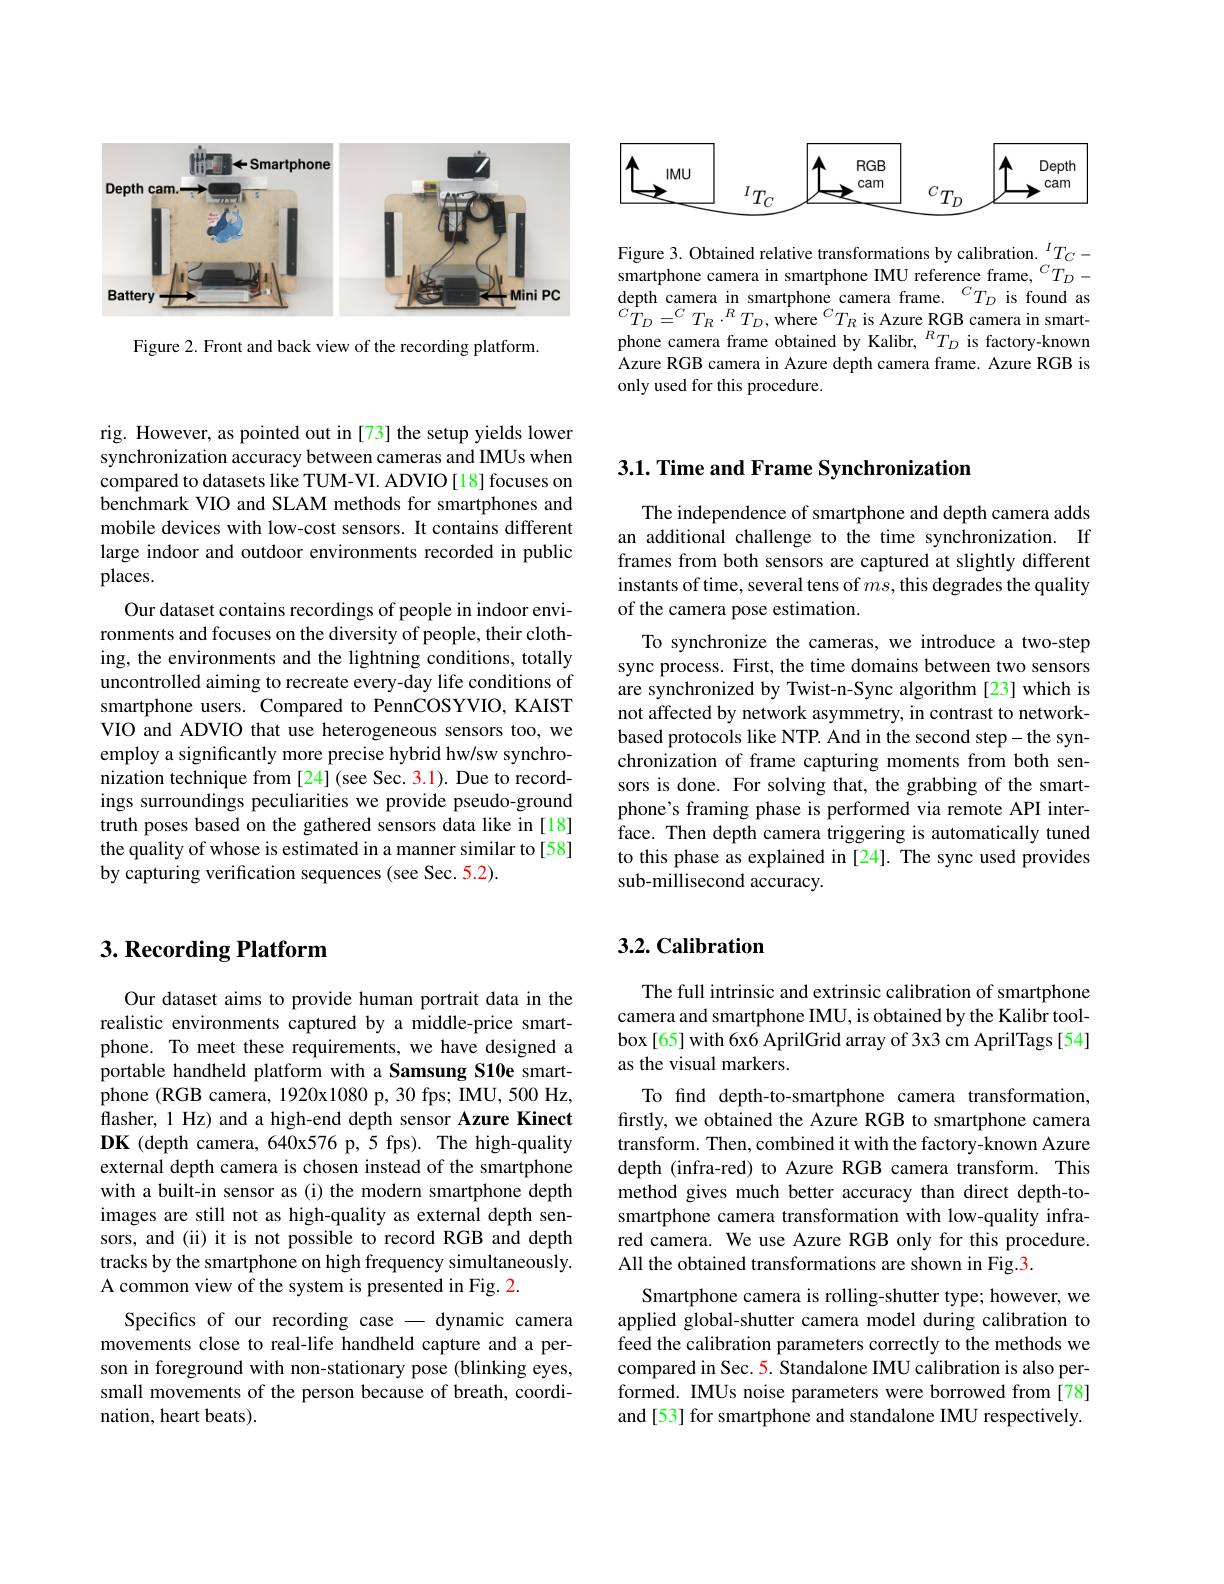
<FigureHere>

Figure 2. Front and back view of the recording platform.

<FigureHere>

Figure 3. Obtained relative transformations by calibration. $^{I}T_C-$ smartphone camera in smartphone IMU reference frame, $^{C}T_D-$ $\operatorname*{depth}_{C}$camera in smartphone camera frame.$^CT_D$ is found as ${}^{C}T_{D}={}^{C}{}{}^{}T_{R}\cdot{}^{R}{}^{}T_{D},{}{}{}^{}{}^{C}T_{R}{}{}{}$is Azure RGB camera in smartphone camera frame obtained by Kalibr, $^{R}T_D$ is factory-known Azure RGB camera in Azure depth camera frame. Azure RGB is only used for this procedure.

rig. However, as pointed out in [73] the setup yields lower synchronization accuracy between cameras and IMUs when compared to datasets like TUM-VI. ADVIO[18] focuses on benchmark VIO and SLAM methods for smartphones and mobile devices with low-cost sensors. It contains different large indoor and outdoor environments recorded in public places.
Our dataset contains recordings of people in indoor environments and focuses on the diversity of people, their clothing, the environments and the lightning conditions, totally uncontrolled aiming to recreate every-day life conditions of smartphone users. Compared to PennCOSYVIO, KAIST VIO and ADVIO that use heterogeneous sensors too, we employ a significantly more precise hybrid hw/sw synchronization technique from [24] (see Sec. 3.1). Due to recordings surroundings peculiarities we provide pseudo-ground truth poses based on the gathered sensors data like in [18] the quality of whose is estimated in a manner similar to[58] by capturing verification sequences (see Sec. 5.2).

## $3. \textbf{ Recording Platform}$

Our dataset aims to provide human portrait data in the realistic environments captured by a middle-price smartphone. To meet these requirements, we have designed a portable handheld platform with a Samsung S10e smartphone (RGB camera, 1920x1080 p, 30 fps; IMU, 500 Hz, flasher, 1 Hz) and a high-end depth sensor Azure Kinect $\mathbf{DK}$(depth camera, 640x576 p, 5 fps). The high-quality external depth camera is chosen instead of the smartphone with a built-in sensor as (i) the modern smartphone depth images are still not as high-quality as external depth sensors, and (ii) it is not possible to record RGB and depth tracks by the smartphone on high frequency simultaneously. A common view of the system is presented in Fig. 2.
Specifics of our recording case - dynamic camera movements close to real-life handheld capture and a person in foreground with non-stationary pose (blinking eyes, small movements of the person because of breath, coordination, heart beats).

## 3.1. Time and Frame Synchronization

The independence of smartphone and depth camera adds an additional challenge to the time synchronization. If frames from both sensors are captured at slightly different instants of time, several tens of $ms$,this degrades the quality of the camera pose estimation.

To synchronize the cameras, we introduce a two-step sync process. First, the time domains between two sensors are synchronized by Twist-n-Sync algorithm [23] which is not affected by network asymmetry, in contrast to networkbased protocols like NTP. And in the second step- the synchronization of frame capturing moments from both sensors is done. For solving that, the grabbing of the smartphone's framing phase is performed via remote API interface. Then depth camera triggering is automatically tuned to this phase as explained in [24]. The sync used provides sub-millisecond accuracy.

## 3.2. Calibration

The full intrinsic and extrinsic calibration of smartphone camera and smartphone IMU, is obtained by the Kalibr toolbox[65] with 6x6 AprilGrid array of 3x3 cm AprilTags [54] as the visual markers.
To find depth-to-smartphone camera transformation, frstly, we obtained the Azure RGB to smartphone camera transform. Then, combined it with the factory-known Azure depth (infra-red) to Azure RGB camera transform. This method gives much better accuracy than direct depth-tosmartphone camera transformation with low-quality infrared camera. We use Azure RGB only for this procedure. All the obtained transformations are shown in Fig.3
Smartphone camera is rolling-shutter type; however, we applied global-shutter camera model during calibration to feed the calibration parameters correctly to the methods we compared in Sec. 5. Standalone IMU calibration is also performed. IMUs noise parameters were borrowed from [78] and [53] for smartphone and standalone IMU respectively